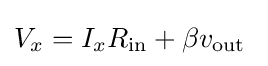
V_{x}=I_{x}R_{\mathrm {in} }+\beta v_{\mathrm {out} }\